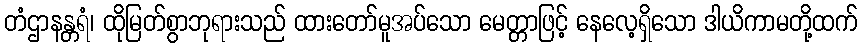
တံဌာနန္တရံ၊ ထိုမြတ်စွာဘုရားသည် ထားတော်မူအပ်သော မေတ္တာဖြင့် နေလေ့ရှိသော ဒါယိကာမတို့ထက်